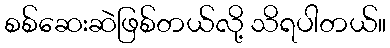
စစ်ဆေးဆဲဖြစ်တယ်လို့ သိရပါတယ်။